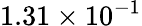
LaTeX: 1.31\times 10^{-1}